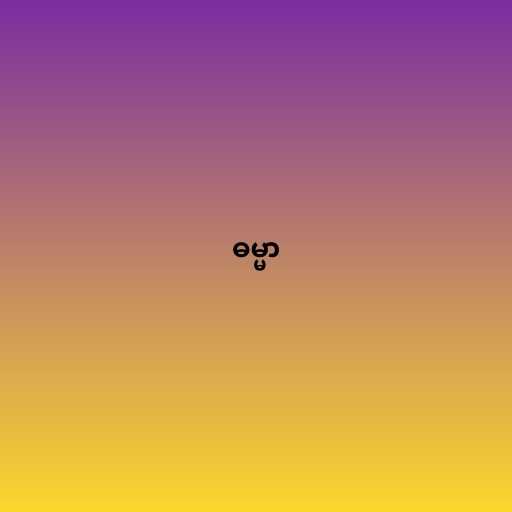
ဓမ္မာ